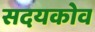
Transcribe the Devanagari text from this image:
सदयकोव